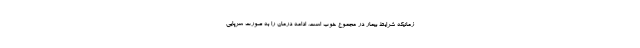
زمانیکه شرایط بیمار در مجموع خوب است، ادامه درمان را به صورت سرپایی